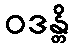
ဝဒန္တိ